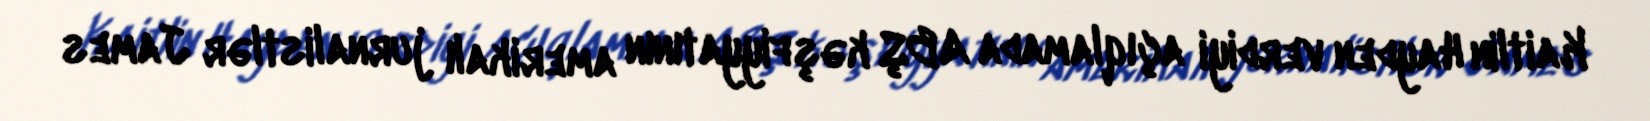
Kaitlin Hayden verdiyi açıqlamada ABŞ kəşfiyyatının amerikalı jurnalistlər James